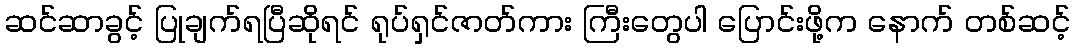
ဆင်ဆာခွင့် ပြုချက်ရပြီဆိုရင် ရုပ်ရှင်ဇာတ်ကား ကြီးတွေပါ ပြောင်းဖို့က နောက် တစ်ဆင့်